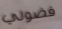
فضولي